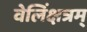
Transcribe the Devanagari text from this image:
वेलिंक्षत्रम्